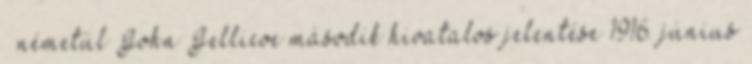
– németül John Jellicoe második hivatalos jelentése 1916. június